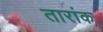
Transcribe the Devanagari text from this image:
तारांक